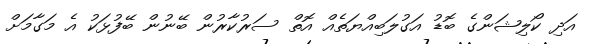
އަދި ކޯލިޝަންގެ ބޮޑު އަގުލަބިއްޔަތެއް އޮތް ސަރުކާރުން ބޭނުން ބޭފުޅަކު އެ މަގާމަށް